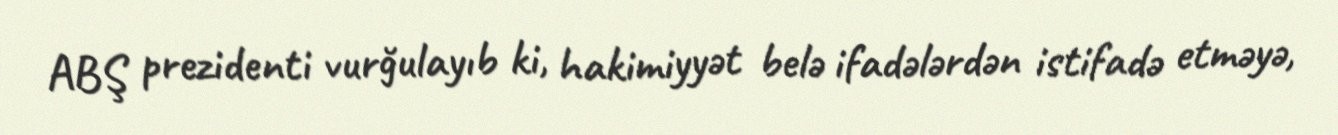
ABŞ prezidenti vurğulayıb ki, hakimiyyət belə ifadələrdən istifadə etməyə,